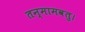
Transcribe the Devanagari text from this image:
तन्मामवतु।